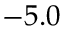
- 5 . 0